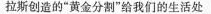
拉斯创造的”黄金分割”给我们的生活处